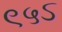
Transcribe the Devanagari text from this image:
९५ऽ